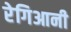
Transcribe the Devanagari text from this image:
रेगिआनी